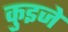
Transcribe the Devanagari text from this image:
कुइजे